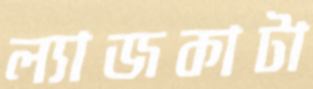
ল্যাজকাটা